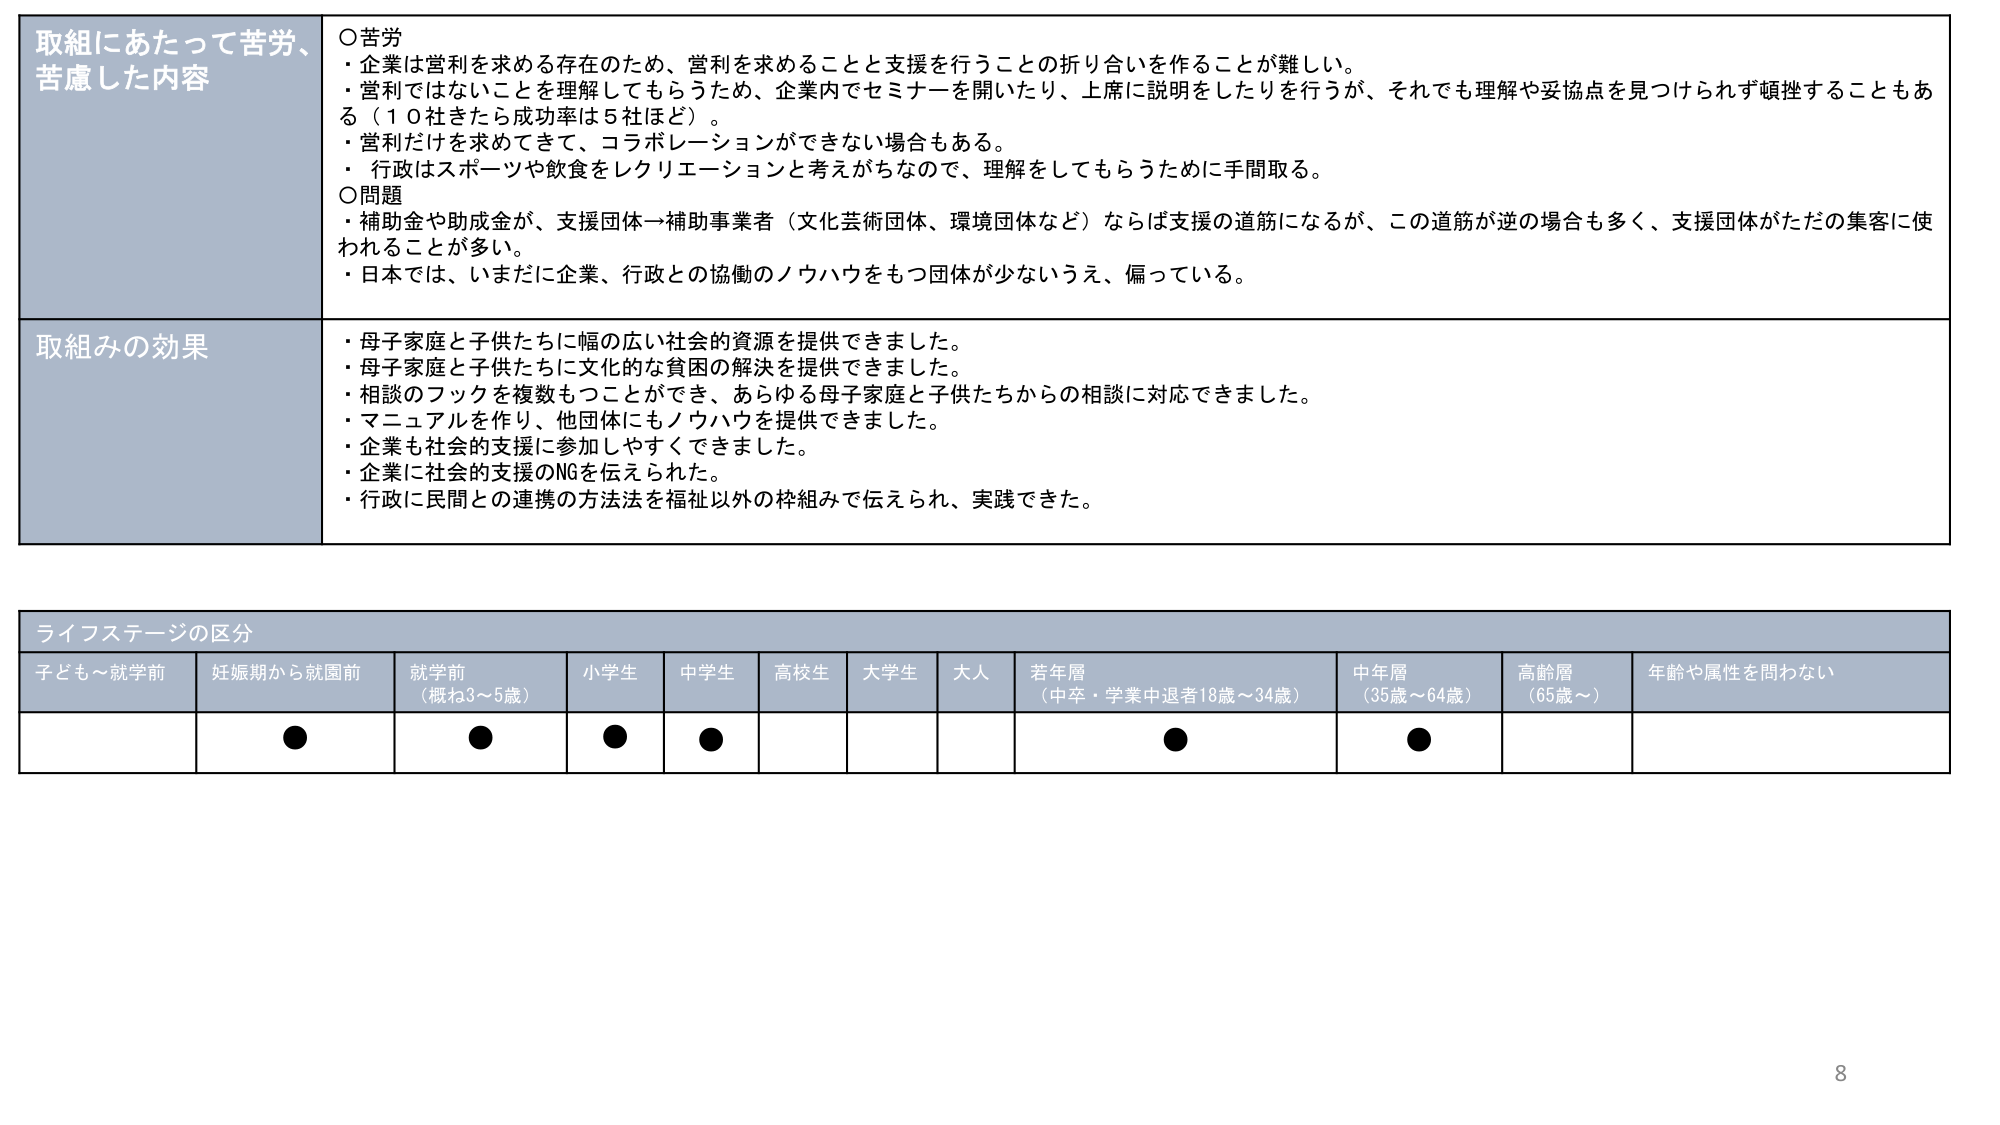
取組にあたって苦労、
苦慮した内容
○苦労
・企業は営利を求める存在のため、営利を求めることと支援を行うことの折り合いを作ることが難しい。
・営利ではないことを理解してもらうため、企業内でセミナーを開いたり、上席に説明をしたりを行うが、それでも理解や妥協点を見つけられず頓挫することもある（10社きたら成功率は5社ほど）。
・営利だけを求めてきて、コラボレーションができない場合もある。
・行政はスポーツや飲食をレクリエーションと考えがちなので、理解をしてもらうために手間取る。
○問題
・補助金や助成金が、支援団体→補助事業者（文化芸術団体、環境団体など）ならば支援の道筋になるが、この道筋が逆の場合も多く、支援団体がただの集客に使われることが多い。
・日本では、いまだに企業、行政との協働のノウハウをもつ団体が少ないうえ、偏っている。

取組みの効果
・母子家庭と子供たちに幅の広い社会的資源を提供できました。
・母子家庭と子供たちに文化的な貧困の解決を提供できました。
・相談のフックを複数もつことができ、あらゆる母子家庭と子供たちからの相談に対応できました。
・マニュアルを作り、他団体にもノウハウを提供できました。
・企業も社会的支援に参加しやすくなりました。
・企業に社会的支援のNGを伝えられた。
・行政に民間との連携の方法法を福祉以外の枠組みで伝えられ、実践できた。

ライフステージの区分
子ども～就学前　妊娠期から就園前　就学前（概ね3～5歳）　小学生　中学生　高校生　大学生　大人　若年層（中卒・学業中退者18歳～34歳）　中年層（35歳～64歳）　高齢層（65歳～）　年齢や属性を問わない

●　●　●　●　●　●　●

8